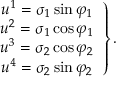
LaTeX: \left. \begin{array} { c } { { u ^ { 1 } = \sigma _ { 1 } \sin \varphi _ { 1 } } } \\ { { u ^ { 2 } = \sigma _ { 1 } \cos \varphi _ { 1 } } } \\ { { u ^ { 3 } = \sigma _ { 2 } \cos \varphi _ { 2 } } } \\ { { u ^ { 4 } = \sigma _ { 2 } \sin \varphi _ { 2 } } } \end{array} \right\} .